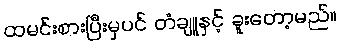
ထမင်းစားပြီးမှပင် တံချူနှင့် ခူးတော့မည်။